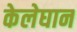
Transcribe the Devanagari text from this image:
केलेघान